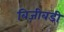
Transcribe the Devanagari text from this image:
बिज़ीबडी